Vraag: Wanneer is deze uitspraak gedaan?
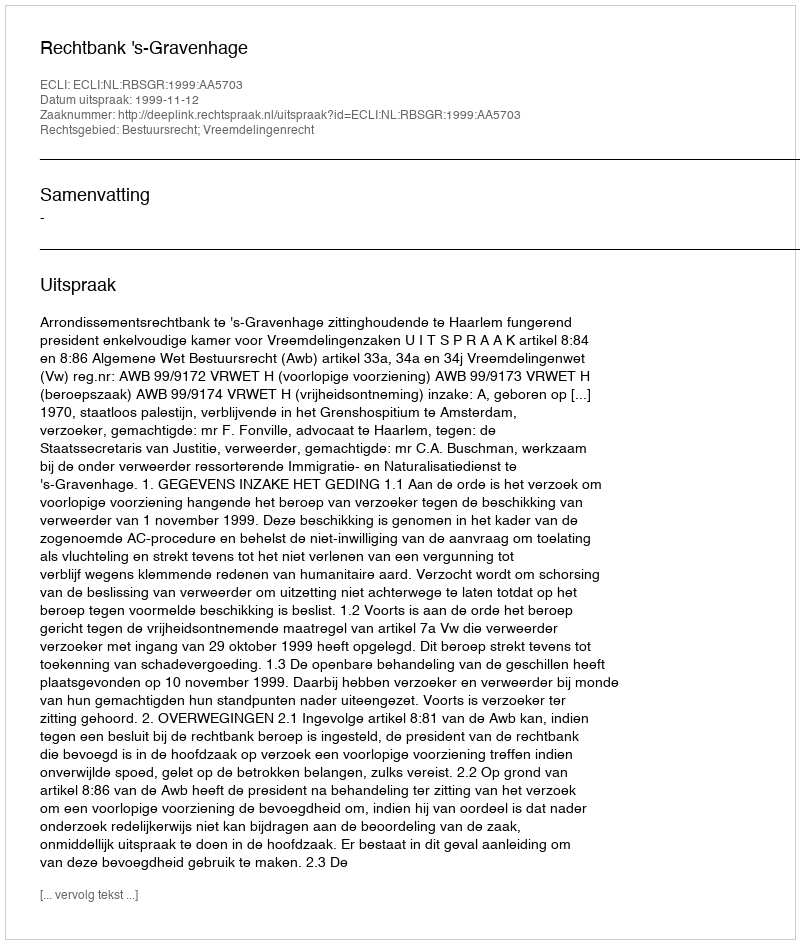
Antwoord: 1999-11-12